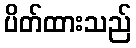
ပိတ်ထားသည်